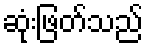
ဆုံးဖြတ်သည်